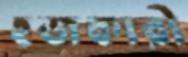
হজকারী